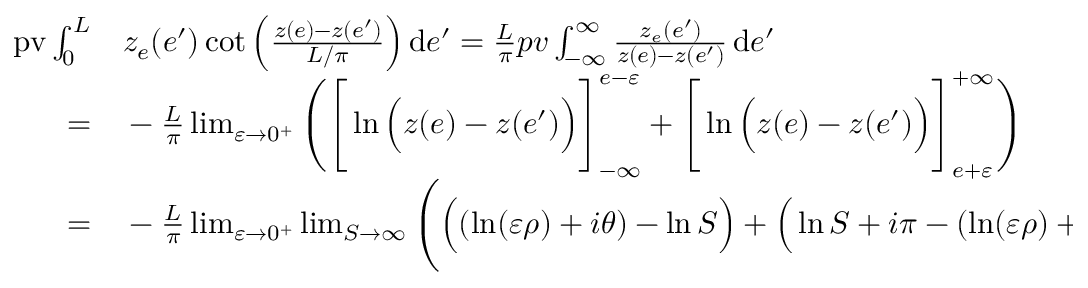
\begin{array} { r l } { \mathrm { p v } \int _ { 0 } ^ { L } } & { { } z _ { e } ( e ^ { \prime } ) \cot \Big ( \frac { z ( e ) - z ( e ^ { \prime } ) } { L / \pi } \Big ) \, \mathrm { d } e ^ { \prime } = \frac { L } { \pi } p v \int _ { - \infty } ^ { \infty } \frac { z _ { e } ( e ^ { \prime } ) } { z ( e ) - z ( e ^ { \prime } ) } \, \mathrm { d } e ^ { \prime } } \\ { = } & { { } - \frac { L } { \pi } \operatorname* { l i m } _ { \varepsilon \to 0 ^ { + } } \Bigg ( \Bigg [ \ln \Big ( z ( e ) - z ( e ^ { \prime } ) \Big ) \Bigg ] _ { - \infty } ^ { e - \varepsilon } + \Bigg [ \ln \Big ( z ( e ) - z ( e ^ { \prime } ) \Big ) \Bigg ] _ { e + \varepsilon } ^ { + \infty } \Bigg ) } \\ { = } & { { } - \frac { L } { \pi } \operatorname* { l i m } _ { \varepsilon \to 0 ^ { + } } \operatorname* { l i m } _ { S \to \infty } \Bigg ( \Big ( ( \ln ( \varepsilon \rho ) + i \theta ) - \ln S \Big ) + \Big ( \ln S + i \pi - ( \ln ( \varepsilon \rho ) + i \theta + i \pi ) \Big ) \Bigg ) = 0 } \end{array}